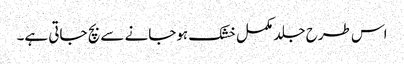
اس طرح جلد مکمل خشک ہوجانے سے بچ جاتی ہے۔